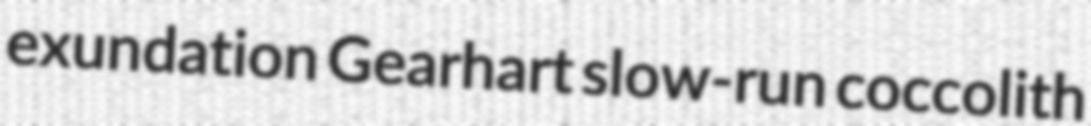
exundation Gearhart slow-run coccolith